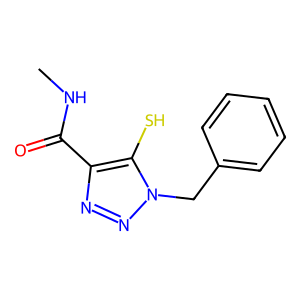
SMILES: CNC(=O)c1nnn(Cc2ccccc2)c1S
Inhibits HIV replication: No